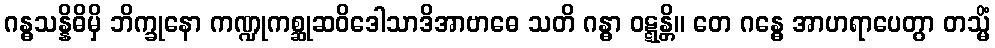
ဂန္ဓသန္နိဓိမှိ ဘိက္ခုနော ကဏ္ဍုကစ္ဆုဆဝိဒေါသာဒိအာဗာဓေ သတိ ဂန္ဓာ ဝဋ္ဋန္တိ။ တေ ဂန္ဓေ အာဟရာပေတွာ တသ္မိံ